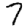
Digit: 7